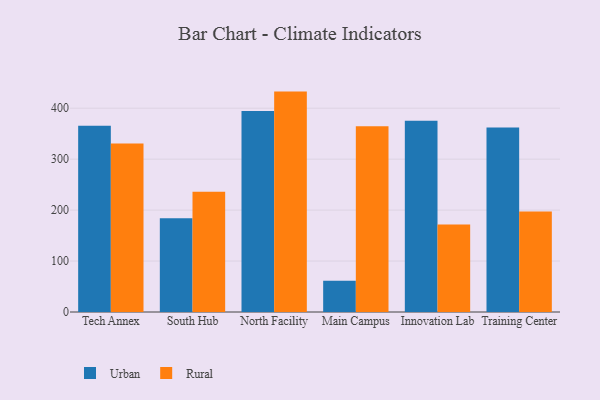
{"axis": {"x": "Campus", "y": "Waste Production (Tons)"}, "legend": ["Rural", "Urban"], "data": [{"x": "Tech Annex", "y": 365.6, "type": "Urban"}, {"x": "Tech Annex", "y": 330.5, "type": "Rural"}, {"x": "South Hub", "y": 183.9, "type": "Urban"}, {"x": "South Hub", "y": 235.9, "type": "Rural"}, {"x": "North Facility", "y": 394.7, "type": "Urban"}, {"x": "North Facility", "y": 432.6, "type": "Rural"}, {"x": "Main Campus", "y": 61.5, "type": "Urban"}, {"x": "Main Campus", "y": 364.8, "type": "Rural"}, {"x": "Innovation Lab", "y": 375.3, "type": "Urban"}, {"x": "Innovation Lab", "y": 171.8, "type": "Rural"}, {"x": "Training Center", "y": 361.9, "type": "Urban"}, {"x": "Training Center", "y": 197.3, "type": "Rural"}]}